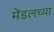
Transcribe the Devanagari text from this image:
मेंडलच्या